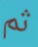
ثم